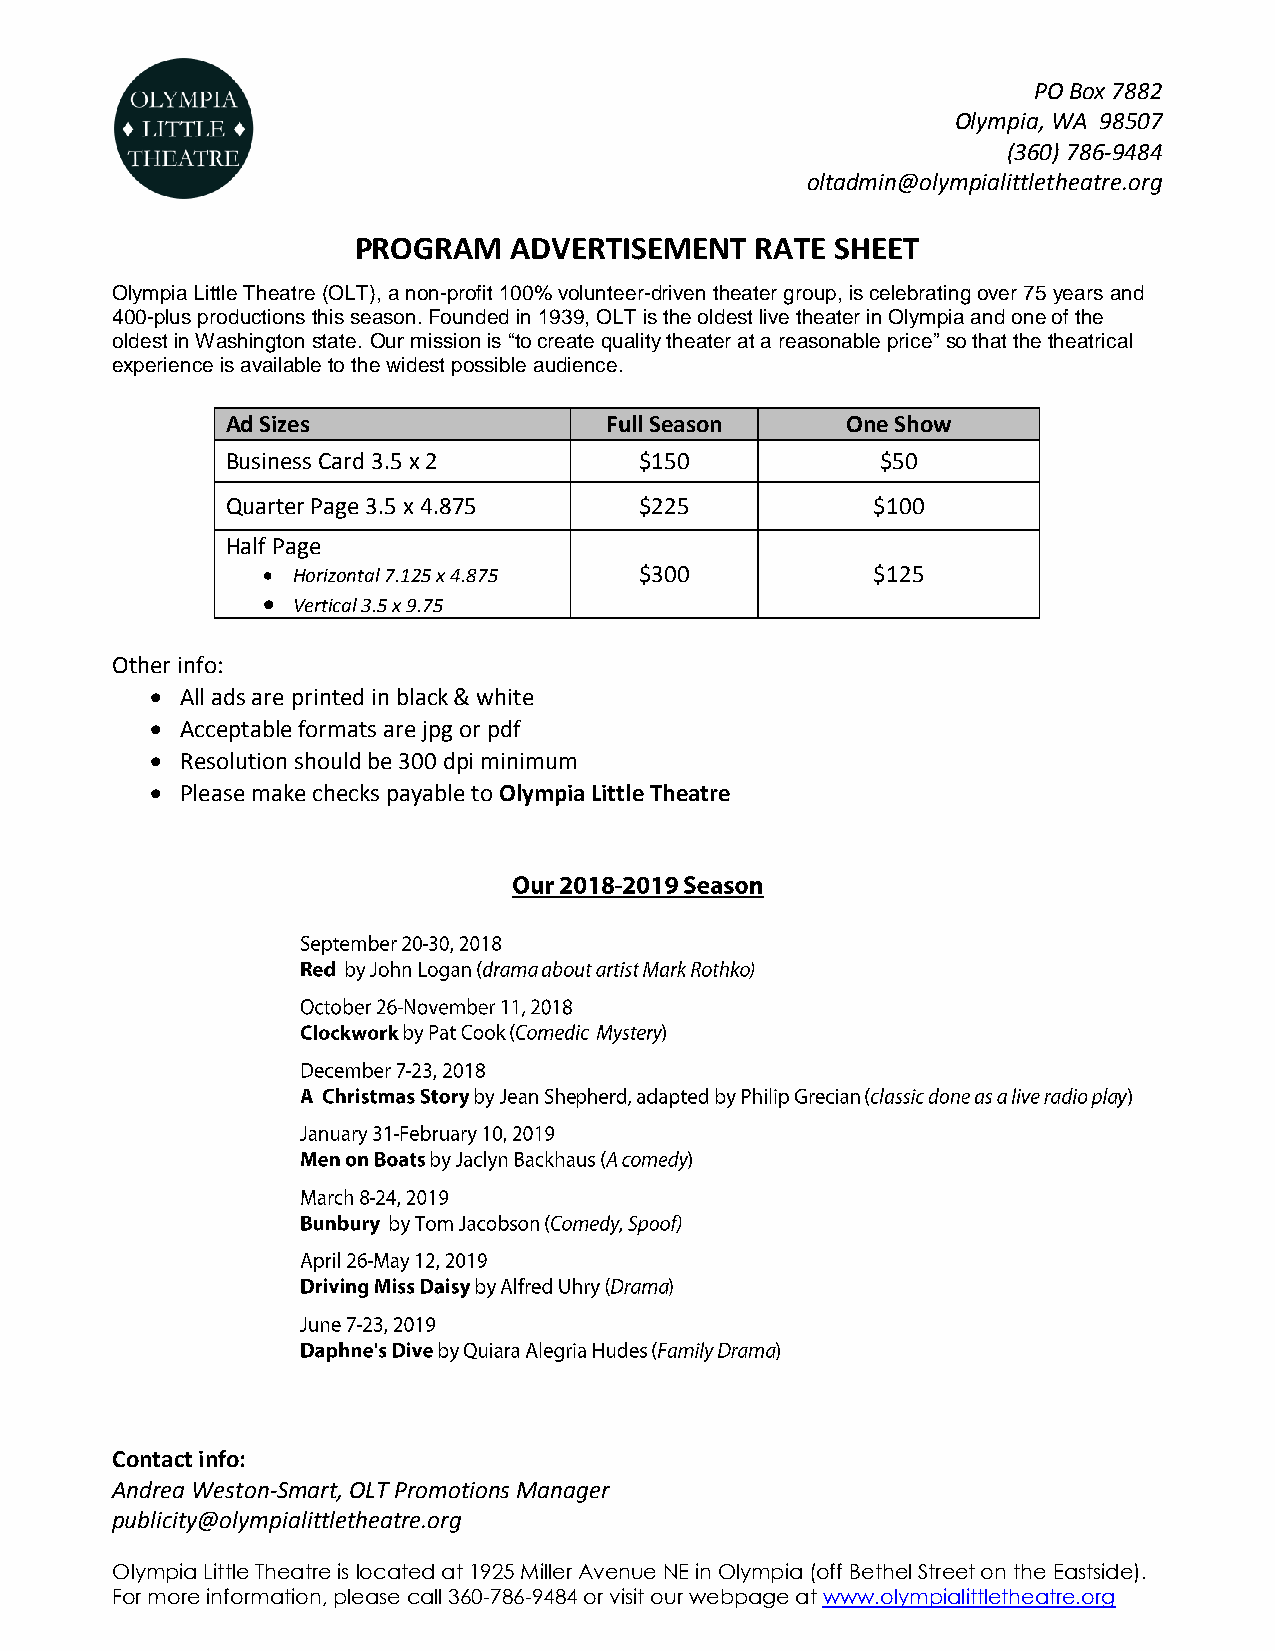
PO Box 7882
 Olympia, WA 98507
 (360) 786-9484
 oltadmin@olympialittletheatre.org
 PROGRAM    ADVERTISEMENT   RATE SHEET
 Olympia Little Theatre (OLT), a non-profit 100% volunteer-driven theater group, is celebrating over 75 years and
 400-plus productions this season. Founded in 1939, OLT is the oldest live theater in Olympia and one of the
 oldest in Washington state. Our mission is “to create quality theater at a reasonable price” so that the theatrical
 experience is available to the widest possible audience.
 Ad Sizes                 Full Season     One Show
 Business Card 3.5 x 2      $150            $50
 Quarter Page 3.5 x 4.875   $225            $100
 Half Page
  Horizontal 7.125 x 4.875 $300          $125
  Vertical 3.5 x 9.75
 Other info:
  All ads are printed in black & white
  Acceptable formats are jpg or pdf
  Resolution should be 300 dpi minimum
  Please make checks payable to Olympia Little Theatre
 Contact info:
 Andrea Weston-Smart, OLT Promotions Manager
 publicity@olympialittletheatre.org
 Olympia Little Theatre is located at 1925 Miller Avenue NE in Olympia (off Bethel Street on the Eastside).
 For more information, please call 360-786-9484 or visit our webpage at www.olympialittletheatre.org